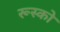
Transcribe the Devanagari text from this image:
रूस्को